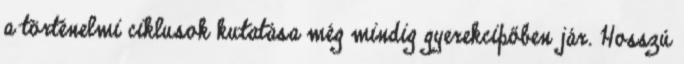
a történelmi ciklusok kutatása még mindig gyerekcipőben jár. Hosszú